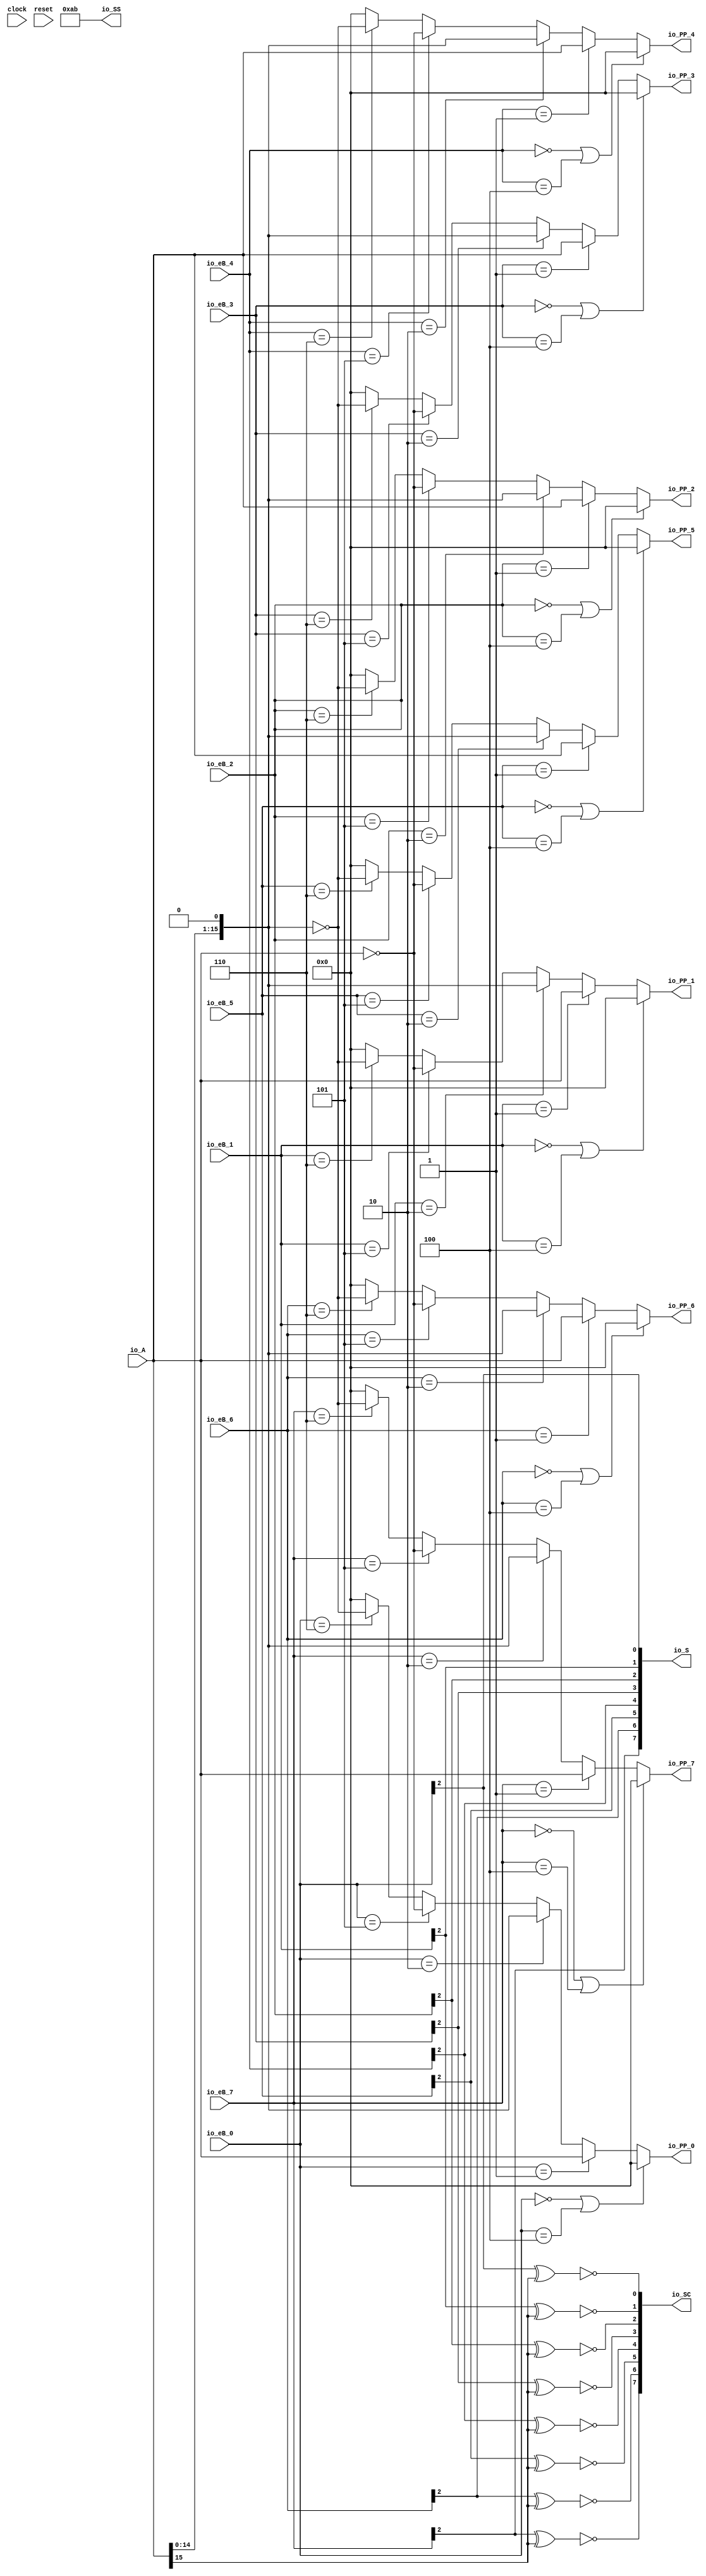
module PPGen( // @[:@3.2]
  input         clock, // @[:@4.4]
  input         reset, // @[:@5.4]
  output [15:0] io_PP_0, // @[:@6.4]
  output [15:0] io_PP_1, // @[:@6.4]
  output [15:0] io_PP_2, // @[:@6.4]
  output [15:0] io_PP_3, // @[:@6.4]
  output [15:0] io_PP_4, // @[:@6.4]
  output [15:0] io_PP_5, // @[:@6.4]
  output [15:0] io_PP_6, // @[:@6.4]
  output [15:0] io_PP_7, // @[:@6.4]
  output [7:0]  io_SS, // @[:@6.4]
  output [7:0]  io_SC, // @[:@6.4]
  output [7:0]  io_S, // @[:@6.4]
  input  [2:0]  io_eB_0, // @[:@6.4]
  input  [2:0]  io_eB_1, // @[:@6.4]
  input  [2:0]  io_eB_2, // @[:@6.4]
  input  [2:0]  io_eB_3, // @[:@6.4]
  input  [2:0]  io_eB_4, // @[:@6.4]
  input  [2:0]  io_eB_5, // @[:@6.4]
  input  [2:0]  io_eB_6, // @[:@6.4]
  input  [2:0]  io_eB_7, // @[:@6.4]
  input  [15:0] io_A // @[:@6.4]
);
  wire  _T_93; // @[RA_Mul.scala 62:19:@11.4]
  wire  _T_95; // @[RA_Mul.scala 62:44:@12.4]
  wire  _T_96; // @[RA_Mul.scala 62:32:@13.4]
  wire  _T_99; // @[RA_Mul.scala 64:25:@18.6]
  wire  _T_101; // @[RA_Mul.scala 66:25:@23.8]
  wire [16:0] _GEN_40; // @[RA_Mul.scala 67:25:@25.10]
  wire [16:0] _T_102; // @[RA_Mul.scala 67:25:@25.10]
  wire [15:0] _T_103; // @[RA_Mul.scala 67:30:@26.10]
  wire  _T_105; // @[RA_Mul.scala 68:25:@30.10]
  wire [15:0] _T_106; // @[RA_Mul.scala 69:19:@32.12]
  wire  _T_108; // @[RA_Mul.scala 70:25:@36.12]
  wire [15:0] _T_111; // @[RA_Mul.scala 71:19:@40.14]
  wire [15:0] _GEN_0; // @[RA_Mul.scala 70:38:@37.12]
  wire [15:0] _GEN_1; // @[RA_Mul.scala 68:39:@31.10]
  wire [15:0] _GEN_2; // @[RA_Mul.scala 66:39:@24.8]
  wire [15:0] _GEN_3; // @[RA_Mul.scala 64:39:@19.6]
  wire  S_v_0; // @[RA_Mul.scala 76:23:@46.4]
  wire  _T_115; // @[RA_Mul.scala 77:36:@49.4]
  wire  _T_116; // @[RA_Mul.scala 77:30:@50.4]
  wire  SC_v_0; // @[RA_Mul.scala 77:16:@51.4]
  wire  _T_119; // @[RA_Mul.scala 62:19:@53.4]
  wire  _T_121; // @[RA_Mul.scala 62:44:@54.4]
  wire  _T_122; // @[RA_Mul.scala 62:32:@55.4]
  wire  _T_125; // @[RA_Mul.scala 64:25:@60.6]
  wire  _T_127; // @[RA_Mul.scala 66:25:@65.8]
  wire  _T_131; // @[RA_Mul.scala 68:25:@72.10]
  wire  _T_134; // @[RA_Mul.scala 70:25:@78.12]
  wire [15:0] _GEN_5; // @[RA_Mul.scala 70:38:@79.12]
  wire [15:0] _GEN_6; // @[RA_Mul.scala 68:39:@73.10]
  wire [15:0] _GEN_7; // @[RA_Mul.scala 66:39:@66.8]
  wire [15:0] _GEN_8; // @[RA_Mul.scala 64:39:@61.6]
  wire  S_v_1; // @[RA_Mul.scala 76:23:@88.4]
  wire  _T_142; // @[RA_Mul.scala 77:30:@92.4]
  wire  SC_v_1; // @[RA_Mul.scala 77:16:@93.4]
  wire  _T_145; // @[RA_Mul.scala 62:19:@95.4]
  wire  _T_147; // @[RA_Mul.scala 62:44:@96.4]
  wire  _T_148; // @[RA_Mul.scala 62:32:@97.4]
  wire  _T_151; // @[RA_Mul.scala 64:25:@102.6]
  wire  _T_153; // @[RA_Mul.scala 66:25:@107.8]
  wire  _T_157; // @[RA_Mul.scala 68:25:@114.10]
  wire  _T_160; // @[RA_Mul.scala 70:25:@120.12]
  wire [15:0] _GEN_10; // @[RA_Mul.scala 70:38:@121.12]
  wire [15:0] _GEN_11; // @[RA_Mul.scala 68:39:@115.10]
  wire [15:0] _GEN_12; // @[RA_Mul.scala 66:39:@108.8]
  wire [15:0] _GEN_13; // @[RA_Mul.scala 64:39:@103.6]
  wire  S_v_2; // @[RA_Mul.scala 76:23:@130.4]
  wire  _T_168; // @[RA_Mul.scala 77:30:@134.4]
  wire  SC_v_2; // @[RA_Mul.scala 77:16:@135.4]
  wire  _T_171; // @[RA_Mul.scala 62:19:@137.4]
  wire  _T_173; // @[RA_Mul.scala 62:44:@138.4]
  wire  _T_174; // @[RA_Mul.scala 62:32:@139.4]
  wire  _T_177; // @[RA_Mul.scala 64:25:@144.6]
  wire  _T_179; // @[RA_Mul.scala 66:25:@149.8]
  wire  _T_183; // @[RA_Mul.scala 68:25:@156.10]
  wire  _T_186; // @[RA_Mul.scala 70:25:@162.12]
  wire [15:0] _GEN_15; // @[RA_Mul.scala 70:38:@163.12]
  wire [15:0] _GEN_16; // @[RA_Mul.scala 68:39:@157.10]
  wire [15:0] _GEN_17; // @[RA_Mul.scala 66:39:@150.8]
  wire [15:0] _GEN_18; // @[RA_Mul.scala 64:39:@145.6]
  wire  S_v_3; // @[RA_Mul.scala 76:23:@172.4]
  wire  _T_194; // @[RA_Mul.scala 77:30:@176.4]
  wire  SC_v_3; // @[RA_Mul.scala 77:16:@177.4]
  wire  _T_197; // @[RA_Mul.scala 62:19:@179.4]
  wire  _T_199; // @[RA_Mul.scala 62:44:@180.4]
  wire  _T_200; // @[RA_Mul.scala 62:32:@181.4]
  wire  _T_203; // @[RA_Mul.scala 64:25:@186.6]
  wire  _T_205; // @[RA_Mul.scala 66:25:@191.8]
  wire  _T_209; // @[RA_Mul.scala 68:25:@198.10]
  wire  _T_212; // @[RA_Mul.scala 70:25:@204.12]
  wire [15:0] _GEN_20; // @[RA_Mul.scala 70:38:@205.12]
  wire [15:0] _GEN_21; // @[RA_Mul.scala 68:39:@199.10]
  wire [15:0] _GEN_22; // @[RA_Mul.scala 66:39:@192.8]
  wire [15:0] _GEN_23; // @[RA_Mul.scala 64:39:@187.6]
  wire  S_v_4; // @[RA_Mul.scala 76:23:@214.4]
  wire  _T_220; // @[RA_Mul.scala 77:30:@218.4]
  wire  SC_v_4; // @[RA_Mul.scala 77:16:@219.4]
  wire  _T_223; // @[RA_Mul.scala 62:19:@221.4]
  wire  _T_225; // @[RA_Mul.scala 62:44:@222.4]
  wire  _T_226; // @[RA_Mul.scala 62:32:@223.4]
  wire  _T_229; // @[RA_Mul.scala 64:25:@228.6]
  wire  _T_231; // @[RA_Mul.scala 66:25:@233.8]
  wire  _T_235; // @[RA_Mul.scala 68:25:@240.10]
  wire  _T_238; // @[RA_Mul.scala 70:25:@246.12]
  wire [15:0] _GEN_25; // @[RA_Mul.scala 70:38:@247.12]
  wire [15:0] _GEN_26; // @[RA_Mul.scala 68:39:@241.10]
  wire [15:0] _GEN_27; // @[RA_Mul.scala 66:39:@234.8]
  wire [15:0] _GEN_28; // @[RA_Mul.scala 64:39:@229.6]
  wire  S_v_5; // @[RA_Mul.scala 76:23:@256.4]
  wire  _T_246; // @[RA_Mul.scala 77:30:@260.4]
  wire  SC_v_5; // @[RA_Mul.scala 77:16:@261.4]
  wire  _T_249; // @[RA_Mul.scala 62:19:@263.4]
  wire  _T_251; // @[RA_Mul.scala 62:44:@264.4]
  wire  _T_252; // @[RA_Mul.scala 62:32:@265.4]
  wire  _T_255; // @[RA_Mul.scala 64:25:@270.6]
  wire  _T_257; // @[RA_Mul.scala 66:25:@275.8]
  wire  _T_261; // @[RA_Mul.scala 68:25:@282.10]
  wire  _T_264; // @[RA_Mul.scala 70:25:@288.12]
  wire [15:0] _GEN_30; // @[RA_Mul.scala 70:38:@289.12]
  wire [15:0] _GEN_31; // @[RA_Mul.scala 68:39:@283.10]
  wire [15:0] _GEN_32; // @[RA_Mul.scala 66:39:@276.8]
  wire [15:0] _GEN_33; // @[RA_Mul.scala 64:39:@271.6]
  wire  S_v_6; // @[RA_Mul.scala 76:23:@298.4]
  wire  _T_272; // @[RA_Mul.scala 77:30:@302.4]
  wire  SC_v_6; // @[RA_Mul.scala 77:16:@303.4]
  wire  _T_275; // @[RA_Mul.scala 62:19:@305.4]
  wire  _T_277; // @[RA_Mul.scala 62:44:@306.4]
  wire  _T_278; // @[RA_Mul.scala 62:32:@307.4]
  wire  _T_281; // @[RA_Mul.scala 64:25:@312.6]
  wire  _T_283; // @[RA_Mul.scala 66:25:@317.8]
  wire  _T_287; // @[RA_Mul.scala 68:25:@324.10]
  wire  _T_290; // @[RA_Mul.scala 70:25:@330.12]
  wire [15:0] _GEN_35; // @[RA_Mul.scala 70:38:@331.12]
  wire [15:0] _GEN_36; // @[RA_Mul.scala 68:39:@325.10]
  wire [15:0] _GEN_37; // @[RA_Mul.scala 66:39:@318.8]
  wire [15:0] _GEN_38; // @[RA_Mul.scala 64:39:@313.6]
  wire  S_v_7; // @[RA_Mul.scala 76:23:@340.4]
  wire  _T_298; // @[RA_Mul.scala 77:30:@344.4]
  wire  SC_v_7; // @[RA_Mul.scala 77:16:@345.4]
  wire [1:0] _T_300; // @[RA_Mul.scala 79:21:@347.4]
  wire [1:0] _T_301; // @[RA_Mul.scala 79:21:@348.4]
  wire [3:0] _T_302; // @[RA_Mul.scala 79:21:@349.4]
  wire [1:0] _T_303; // @[RA_Mul.scala 79:21:@350.4]
  wire [1:0] _T_304; // @[RA_Mul.scala 79:21:@351.4]
  wire [3:0] _T_305; // @[RA_Mul.scala 79:21:@352.4]
  wire [1:0] _T_307; // @[RA_Mul.scala 80:23:@355.4]
  wire [1:0] _T_308; // @[RA_Mul.scala 80:23:@356.4]
  wire [3:0] _T_309; // @[RA_Mul.scala 80:23:@357.4]
  wire [1:0] _T_310; // @[RA_Mul.scala 80:23:@358.4]
  wire [1:0] _T_311; // @[RA_Mul.scala 80:23:@359.4]
  wire [3:0] _T_312; // @[RA_Mul.scala 80:23:@360.4]
  assign _T_93 = io_eB_0 == 3'h0; // @[RA_Mul.scala 62:19:@11.4]
  assign _T_95 = io_eB_0 == 3'h4; // @[RA_Mul.scala 62:44:@12.4]
  assign _T_96 = _T_93 | _T_95; // @[RA_Mul.scala 62:32:@13.4]
  assign _T_99 = io_eB_0 == 3'h1; // @[RA_Mul.scala 64:25:@18.6]
  assign _T_101 = io_eB_0 == 3'h2; // @[RA_Mul.scala 66:25:@23.8]
  assign _GEN_40 = {{1'd0}, io_A}; // @[RA_Mul.scala 67:25:@25.10]
  assign _T_102 = _GEN_40 << 1; // @[RA_Mul.scala 67:25:@25.10]
  assign _T_103 = _T_102[15:0]; // @[RA_Mul.scala 67:30:@26.10]
  assign _T_105 = io_eB_0 == 3'h5; // @[RA_Mul.scala 68:25:@30.10]
  assign _T_106 = ~ io_A; // @[RA_Mul.scala 69:19:@32.12]
  assign _T_108 = io_eB_0 == 3'h6; // @[RA_Mul.scala 70:25:@36.12]
  assign _T_111 = ~ _T_103; // @[RA_Mul.scala 71:19:@40.14]
  assign _GEN_0 = _T_108 ? _T_111 : 16'h0; // @[RA_Mul.scala 70:38:@37.12]
  assign _GEN_1 = _T_105 ? _T_106 : _GEN_0; // @[RA_Mul.scala 68:39:@31.10]
  assign _GEN_2 = _T_101 ? _T_103 : _GEN_1; // @[RA_Mul.scala 66:39:@24.8]
  assign _GEN_3 = _T_99 ? io_A : _GEN_2; // @[RA_Mul.scala 64:39:@19.6]
  assign S_v_0 = io_eB_0[2]; // @[RA_Mul.scala 76:23:@46.4]
  assign _T_115 = io_A[15]; // @[RA_Mul.scala 77:36:@49.4]
  assign _T_116 = S_v_0 ^ _T_115; // @[RA_Mul.scala 77:30:@50.4]
  assign SC_v_0 = ~ _T_116; // @[RA_Mul.scala 77:16:@51.4]
  assign _T_119 = io_eB_1 == 3'h0; // @[RA_Mul.scala 62:19:@53.4]
  assign _T_121 = io_eB_1 == 3'h4; // @[RA_Mul.scala 62:44:@54.4]
  assign _T_122 = _T_119 | _T_121; // @[RA_Mul.scala 62:32:@55.4]
  assign _T_125 = io_eB_1 == 3'h1; // @[RA_Mul.scala 64:25:@60.6]
  assign _T_127 = io_eB_1 == 3'h2; // @[RA_Mul.scala 66:25:@65.8]
  assign _T_131 = io_eB_1 == 3'h5; // @[RA_Mul.scala 68:25:@72.10]
  assign _T_134 = io_eB_1 == 3'h6; // @[RA_Mul.scala 70:25:@78.12]
  assign _GEN_5 = _T_134 ? _T_111 : 16'h0; // @[RA_Mul.scala 70:38:@79.12]
  assign _GEN_6 = _T_131 ? _T_106 : _GEN_5; // @[RA_Mul.scala 68:39:@73.10]
  assign _GEN_7 = _T_127 ? _T_103 : _GEN_6; // @[RA_Mul.scala 66:39:@66.8]
  assign _GEN_8 = _T_125 ? io_A : _GEN_7; // @[RA_Mul.scala 64:39:@61.6]
  assign S_v_1 = io_eB_1[2]; // @[RA_Mul.scala 76:23:@88.4]
  assign _T_142 = S_v_1 ^ _T_115; // @[RA_Mul.scala 77:30:@92.4]
  assign SC_v_1 = ~ _T_142; // @[RA_Mul.scala 77:16:@93.4]
  assign _T_145 = io_eB_2 == 3'h0; // @[RA_Mul.scala 62:19:@95.4]
  assign _T_147 = io_eB_2 == 3'h4; // @[RA_Mul.scala 62:44:@96.4]
  assign _T_148 = _T_145 | _T_147; // @[RA_Mul.scala 62:32:@97.4]
  assign _T_151 = io_eB_2 == 3'h1; // @[RA_Mul.scala 64:25:@102.6]
  assign _T_153 = io_eB_2 == 3'h2; // @[RA_Mul.scala 66:25:@107.8]
  assign _T_157 = io_eB_2 == 3'h5; // @[RA_Mul.scala 68:25:@114.10]
  assign _T_160 = io_eB_2 == 3'h6; // @[RA_Mul.scala 70:25:@120.12]
  assign _GEN_10 = _T_160 ? _T_111 : 16'h0; // @[RA_Mul.scala 70:38:@121.12]
  assign _GEN_11 = _T_157 ? _T_106 : _GEN_10; // @[RA_Mul.scala 68:39:@115.10]
  assign _GEN_12 = _T_153 ? _T_103 : _GEN_11; // @[RA_Mul.scala 66:39:@108.8]
  assign _GEN_13 = _T_151 ? io_A : _GEN_12; // @[RA_Mul.scala 64:39:@103.6]
  assign S_v_2 = io_eB_2[2]; // @[RA_Mul.scala 76:23:@130.4]
  assign _T_168 = S_v_2 ^ _T_115; // @[RA_Mul.scala 77:30:@134.4]
  assign SC_v_2 = ~ _T_168; // @[RA_Mul.scala 77:16:@135.4]
  assign _T_171 = io_eB_3 == 3'h0; // @[RA_Mul.scala 62:19:@137.4]
  assign _T_173 = io_eB_3 == 3'h4; // @[RA_Mul.scala 62:44:@138.4]
  assign _T_174 = _T_171 | _T_173; // @[RA_Mul.scala 62:32:@139.4]
  assign _T_177 = io_eB_3 == 3'h1; // @[RA_Mul.scala 64:25:@144.6]
  assign _T_179 = io_eB_3 == 3'h2; // @[RA_Mul.scala 66:25:@149.8]
  assign _T_183 = io_eB_3 == 3'h5; // @[RA_Mul.scala 68:25:@156.10]
  assign _T_186 = io_eB_3 == 3'h6; // @[RA_Mul.scala 70:25:@162.12]
  assign _GEN_15 = _T_186 ? _T_111 : 16'h0; // @[RA_Mul.scala 70:38:@163.12]
  assign _GEN_16 = _T_183 ? _T_106 : _GEN_15; // @[RA_Mul.scala 68:39:@157.10]
  assign _GEN_17 = _T_179 ? _T_103 : _GEN_16; // @[RA_Mul.scala 66:39:@150.8]
  assign _GEN_18 = _T_177 ? io_A : _GEN_17; // @[RA_Mul.scala 64:39:@145.6]
  assign S_v_3 = io_eB_3[2]; // @[RA_Mul.scala 76:23:@172.4]
  assign _T_194 = S_v_3 ^ _T_115; // @[RA_Mul.scala 77:30:@176.4]
  assign SC_v_3 = ~ _T_194; // @[RA_Mul.scala 77:16:@177.4]
  assign _T_197 = io_eB_4 == 3'h0; // @[RA_Mul.scala 62:19:@179.4]
  assign _T_199 = io_eB_4 == 3'h4; // @[RA_Mul.scala 62:44:@180.4]
  assign _T_200 = _T_197 | _T_199; // @[RA_Mul.scala 62:32:@181.4]
  assign _T_203 = io_eB_4 == 3'h1; // @[RA_Mul.scala 64:25:@186.6]
  assign _T_205 = io_eB_4 == 3'h2; // @[RA_Mul.scala 66:25:@191.8]
  assign _T_209 = io_eB_4 == 3'h5; // @[RA_Mul.scala 68:25:@198.10]
  assign _T_212 = io_eB_4 == 3'h6; // @[RA_Mul.scala 70:25:@204.12]
  assign _GEN_20 = _T_212 ? _T_111 : 16'h0; // @[RA_Mul.scala 70:38:@205.12]
  assign _GEN_21 = _T_209 ? _T_106 : _GEN_20; // @[RA_Mul.scala 68:39:@199.10]
  assign _GEN_22 = _T_205 ? _T_103 : _GEN_21; // @[RA_Mul.scala 66:39:@192.8]
  assign _GEN_23 = _T_203 ? io_A : _GEN_22; // @[RA_Mul.scala 64:39:@187.6]
  assign S_v_4 = io_eB_4[2]; // @[RA_Mul.scala 76:23:@214.4]
  assign _T_220 = S_v_4 ^ _T_115; // @[RA_Mul.scala 77:30:@218.4]
  assign SC_v_4 = ~ _T_220; // @[RA_Mul.scala 77:16:@219.4]
  assign _T_223 = io_eB_5 == 3'h0; // @[RA_Mul.scala 62:19:@221.4]
  assign _T_225 = io_eB_5 == 3'h4; // @[RA_Mul.scala 62:44:@222.4]
  assign _T_226 = _T_223 | _T_225; // @[RA_Mul.scala 62:32:@223.4]
  assign _T_229 = io_eB_5 == 3'h1; // @[RA_Mul.scala 64:25:@228.6]
  assign _T_231 = io_eB_5 == 3'h2; // @[RA_Mul.scala 66:25:@233.8]
  assign _T_235 = io_eB_5 == 3'h5; // @[RA_Mul.scala 68:25:@240.10]
  assign _T_238 = io_eB_5 == 3'h6; // @[RA_Mul.scala 70:25:@246.12]
  assign _GEN_25 = _T_238 ? _T_111 : 16'h0; // @[RA_Mul.scala 70:38:@247.12]
  assign _GEN_26 = _T_235 ? _T_106 : _GEN_25; // @[RA_Mul.scala 68:39:@241.10]
  assign _GEN_27 = _T_231 ? _T_103 : _GEN_26; // @[RA_Mul.scala 66:39:@234.8]
  assign _GEN_28 = _T_229 ? io_A : _GEN_27; // @[RA_Mul.scala 64:39:@229.6]
  assign S_v_5 = io_eB_5[2]; // @[RA_Mul.scala 76:23:@256.4]
  assign _T_246 = S_v_5 ^ _T_115; // @[RA_Mul.scala 77:30:@260.4]
  assign SC_v_5 = ~ _T_246; // @[RA_Mul.scala 77:16:@261.4]
  assign _T_249 = io_eB_6 == 3'h0; // @[RA_Mul.scala 62:19:@263.4]
  assign _T_251 = io_eB_6 == 3'h4; // @[RA_Mul.scala 62:44:@264.4]
  assign _T_252 = _T_249 | _T_251; // @[RA_Mul.scala 62:32:@265.4]
  assign _T_255 = io_eB_6 == 3'h1; // @[RA_Mul.scala 64:25:@270.6]
  assign _T_257 = io_eB_6 == 3'h2; // @[RA_Mul.scala 66:25:@275.8]
  assign _T_261 = io_eB_6 == 3'h5; // @[RA_Mul.scala 68:25:@282.10]
  assign _T_264 = io_eB_6 == 3'h6; // @[RA_Mul.scala 70:25:@288.12]
  assign _GEN_30 = _T_264 ? _T_111 : 16'h0; // @[RA_Mul.scala 70:38:@289.12]
  assign _GEN_31 = _T_261 ? _T_106 : _GEN_30; // @[RA_Mul.scala 68:39:@283.10]
  assign _GEN_32 = _T_257 ? _T_103 : _GEN_31; // @[RA_Mul.scala 66:39:@276.8]
  assign _GEN_33 = _T_255 ? io_A : _GEN_32; // @[RA_Mul.scala 64:39:@271.6]
  assign S_v_6 = io_eB_6[2]; // @[RA_Mul.scala 76:23:@298.4]
  assign _T_272 = S_v_6 ^ _T_115; // @[RA_Mul.scala 77:30:@302.4]
  assign SC_v_6 = ~ _T_272; // @[RA_Mul.scala 77:16:@303.4]
  assign _T_275 = io_eB_7 == 3'h0; // @[RA_Mul.scala 62:19:@305.4]
  assign _T_277 = io_eB_7 == 3'h4; // @[RA_Mul.scala 62:44:@306.4]
  assign _T_278 = _T_275 | _T_277; // @[RA_Mul.scala 62:32:@307.4]
  assign _T_281 = io_eB_7 == 3'h1; // @[RA_Mul.scala 64:25:@312.6]
  assign _T_283 = io_eB_7 == 3'h2; // @[RA_Mul.scala 66:25:@317.8]
  assign _T_287 = io_eB_7 == 3'h5; // @[RA_Mul.scala 68:25:@324.10]
  assign _T_290 = io_eB_7 == 3'h6; // @[RA_Mul.scala 70:25:@330.12]
  assign _GEN_35 = _T_290 ? _T_111 : 16'h0; // @[RA_Mul.scala 70:38:@331.12]
  assign _GEN_36 = _T_287 ? _T_106 : _GEN_35; // @[RA_Mul.scala 68:39:@325.10]
  assign _GEN_37 = _T_283 ? _T_103 : _GEN_36; // @[RA_Mul.scala 66:39:@318.8]
  assign _GEN_38 = _T_281 ? io_A : _GEN_37; // @[RA_Mul.scala 64:39:@313.6]
  assign S_v_7 = io_eB_7[2]; // @[RA_Mul.scala 76:23:@340.4]
  assign _T_298 = S_v_7 ^ _T_115; // @[RA_Mul.scala 77:30:@344.4]
  assign SC_v_7 = ~ _T_298; // @[RA_Mul.scala 77:16:@345.4]
  assign _T_300 = {S_v_1,S_v_0}; // @[RA_Mul.scala 79:21:@347.4]
  assign _T_301 = {S_v_3,S_v_2}; // @[RA_Mul.scala 79:21:@348.4]
  assign _T_302 = {_T_301,_T_300}; // @[RA_Mul.scala 79:21:@349.4]
  assign _T_303 = {S_v_5,S_v_4}; // @[RA_Mul.scala 79:21:@350.4]
  assign _T_304 = {S_v_7,S_v_6}; // @[RA_Mul.scala 79:21:@351.4]
  assign _T_305 = {_T_304,_T_303}; // @[RA_Mul.scala 79:21:@352.4]
  assign _T_307 = {SC_v_1,SC_v_0}; // @[RA_Mul.scala 80:23:@355.4]
  assign _T_308 = {SC_v_3,SC_v_2}; // @[RA_Mul.scala 80:23:@356.4]
  assign _T_309 = {_T_308,_T_307}; // @[RA_Mul.scala 80:23:@357.4]
  assign _T_310 = {SC_v_5,SC_v_4}; // @[RA_Mul.scala 80:23:@358.4]
  assign _T_311 = {SC_v_7,SC_v_6}; // @[RA_Mul.scala 80:23:@359.4]
  assign _T_312 = {_T_311,_T_310}; // @[RA_Mul.scala 80:23:@360.4]
  assign io_PP_0 = _T_96 ? 16'h0 : _GEN_3; // @[RA_Mul.scala 63:16:@15.6 RA_Mul.scala 65:16:@20.8 RA_Mul.scala 67:16:@27.10 RA_Mul.scala 69:16:@33.12 RA_Mul.scala 71:16:@41.14 RA_Mul.scala 73:16:@44.14]
  assign io_PP_1 = _T_122 ? 16'h0 : _GEN_8; // @[RA_Mul.scala 63:16:@57.6 RA_Mul.scala 65:16:@62.8 RA_Mul.scala 67:16:@69.10 RA_Mul.scala 69:16:@75.12 RA_Mul.scala 71:16:@83.14 RA_Mul.scala 73:16:@86.14]
  assign io_PP_2 = _T_148 ? 16'h0 : _GEN_13; // @[RA_Mul.scala 63:16:@99.6 RA_Mul.scala 65:16:@104.8 RA_Mul.scala 67:16:@111.10 RA_Mul.scala 69:16:@117.12 RA_Mul.scala 71:16:@125.14 RA_Mul.scala 73:16:@128.14]
  assign io_PP_3 = _T_174 ? 16'h0 : _GEN_18; // @[RA_Mul.scala 63:16:@141.6 RA_Mul.scala 65:16:@146.8 RA_Mul.scala 67:16:@153.10 RA_Mul.scala 69:16:@159.12 RA_Mul.scala 71:16:@167.14 RA_Mul.scala 73:16:@170.14]
  assign io_PP_4 = _T_200 ? 16'h0 : _GEN_23; // @[RA_Mul.scala 63:16:@183.6 RA_Mul.scala 65:16:@188.8 RA_Mul.scala 67:16:@195.10 RA_Mul.scala 69:16:@201.12 RA_Mul.scala 71:16:@209.14 RA_Mul.scala 73:16:@212.14]
  assign io_PP_5 = _T_226 ? 16'h0 : _GEN_28; // @[RA_Mul.scala 63:16:@225.6 RA_Mul.scala 65:16:@230.8 RA_Mul.scala 67:16:@237.10 RA_Mul.scala 69:16:@243.12 RA_Mul.scala 71:16:@251.14 RA_Mul.scala 73:16:@254.14]
  assign io_PP_6 = _T_252 ? 16'h0 : _GEN_33; // @[RA_Mul.scala 63:16:@267.6 RA_Mul.scala 65:16:@272.8 RA_Mul.scala 67:16:@279.10 RA_Mul.scala 69:16:@285.12 RA_Mul.scala 71:16:@293.14 RA_Mul.scala 73:16:@296.14]
  assign io_PP_7 = _T_278 ? 16'h0 : _GEN_38; // @[RA_Mul.scala 63:16:@309.6 RA_Mul.scala 65:16:@314.8 RA_Mul.scala 67:16:@321.10 RA_Mul.scala 69:16:@327.12 RA_Mul.scala 71:16:@335.14 RA_Mul.scala 73:16:@338.14]
  assign io_SS = 8'hab; // @[RA_Mul.scala 58:9:@8.4]
  assign io_SC = {_T_312,_T_309}; // @[RA_Mul.scala 80:9:@362.4]
  assign io_S = {_T_305,_T_302}; // @[RA_Mul.scala 79:8:@354.4]
endmodule